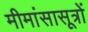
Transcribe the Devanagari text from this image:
मीमांसासूत्रों